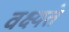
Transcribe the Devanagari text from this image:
वक्ष्यते